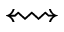
\leftrightsquigarrow